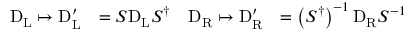
{ \begin{array} { r l r l } { \mathrm { D } _ { \mathrm { { L } } } \mapsto \mathrm { D } _ { \mathrm { { L } } } ^ { \prime } } & { = S \mathrm { D } _ { \mathrm { { L } } } S ^ { \dagger } } & { \mathrm { D } _ { \mathrm { { R } } } \mapsto \mathrm { D } _ { \mathrm { { R } } } ^ { \prime } } & { = \left( S ^ { \dagger } \right) ^ { - 1 } \mathrm { D } _ { \mathrm { { R } } } S ^ { - 1 } } \end{array} }